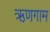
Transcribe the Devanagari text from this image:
ऋणगाम